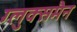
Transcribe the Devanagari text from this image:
ग्लुक्समैन